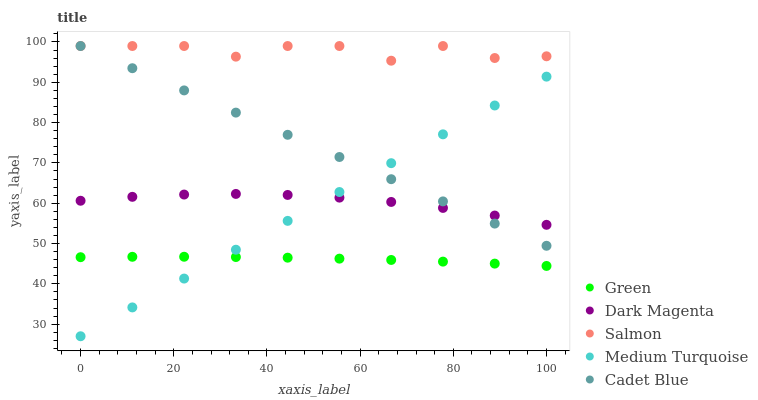
| xaxis_label | Green | Dark Magenta | Salmon | Medium Turquoise | Cadet Blue |
 | --- | --- | --- | --- | --- | --- |
 | 0 | 46.6 | 60.6 | 99 | 27 | 99 |
 | 11.1 | 46.7 | 61.6 | 99 | 34.2 | 93.5 |
 | 22.2 | 46.7 | 62.2 | 99 | 41.3 | 88 |
 | 33.3 | 46.6 | 62.3 | 96.4 | 48.5 | 82.5 |
 | 44.4 | 46.5 | 62.1 | 99 | 55.6 | 77 |
 | 55.6 | 46.3 | 61.4 | 99 | 62.8 | 71.5 |
 | 66.7 | 45.9 | 60.3 | 95.4 | 69.9 | 66 |
 | 77.8 | 45.5 | 58.8 | 99 | 77.1 | 60.5 |
 | 88.9 | 45 | 56.9 | 96 | 84.2 | 54.9 |
 | 100 | 44.4 | 54.6 | 96.5 | 91.4 | 49.4 |